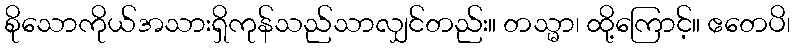
စိုသောကိုယ်အသားရှိကုန်သည်သာလျှင်တည်း။ တသ္မာ၊ ထို့ကြောင့်။ ဧတေပိ၊